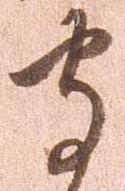
守